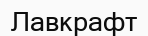
Лавкрафт